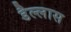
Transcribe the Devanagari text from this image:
डैल्लास